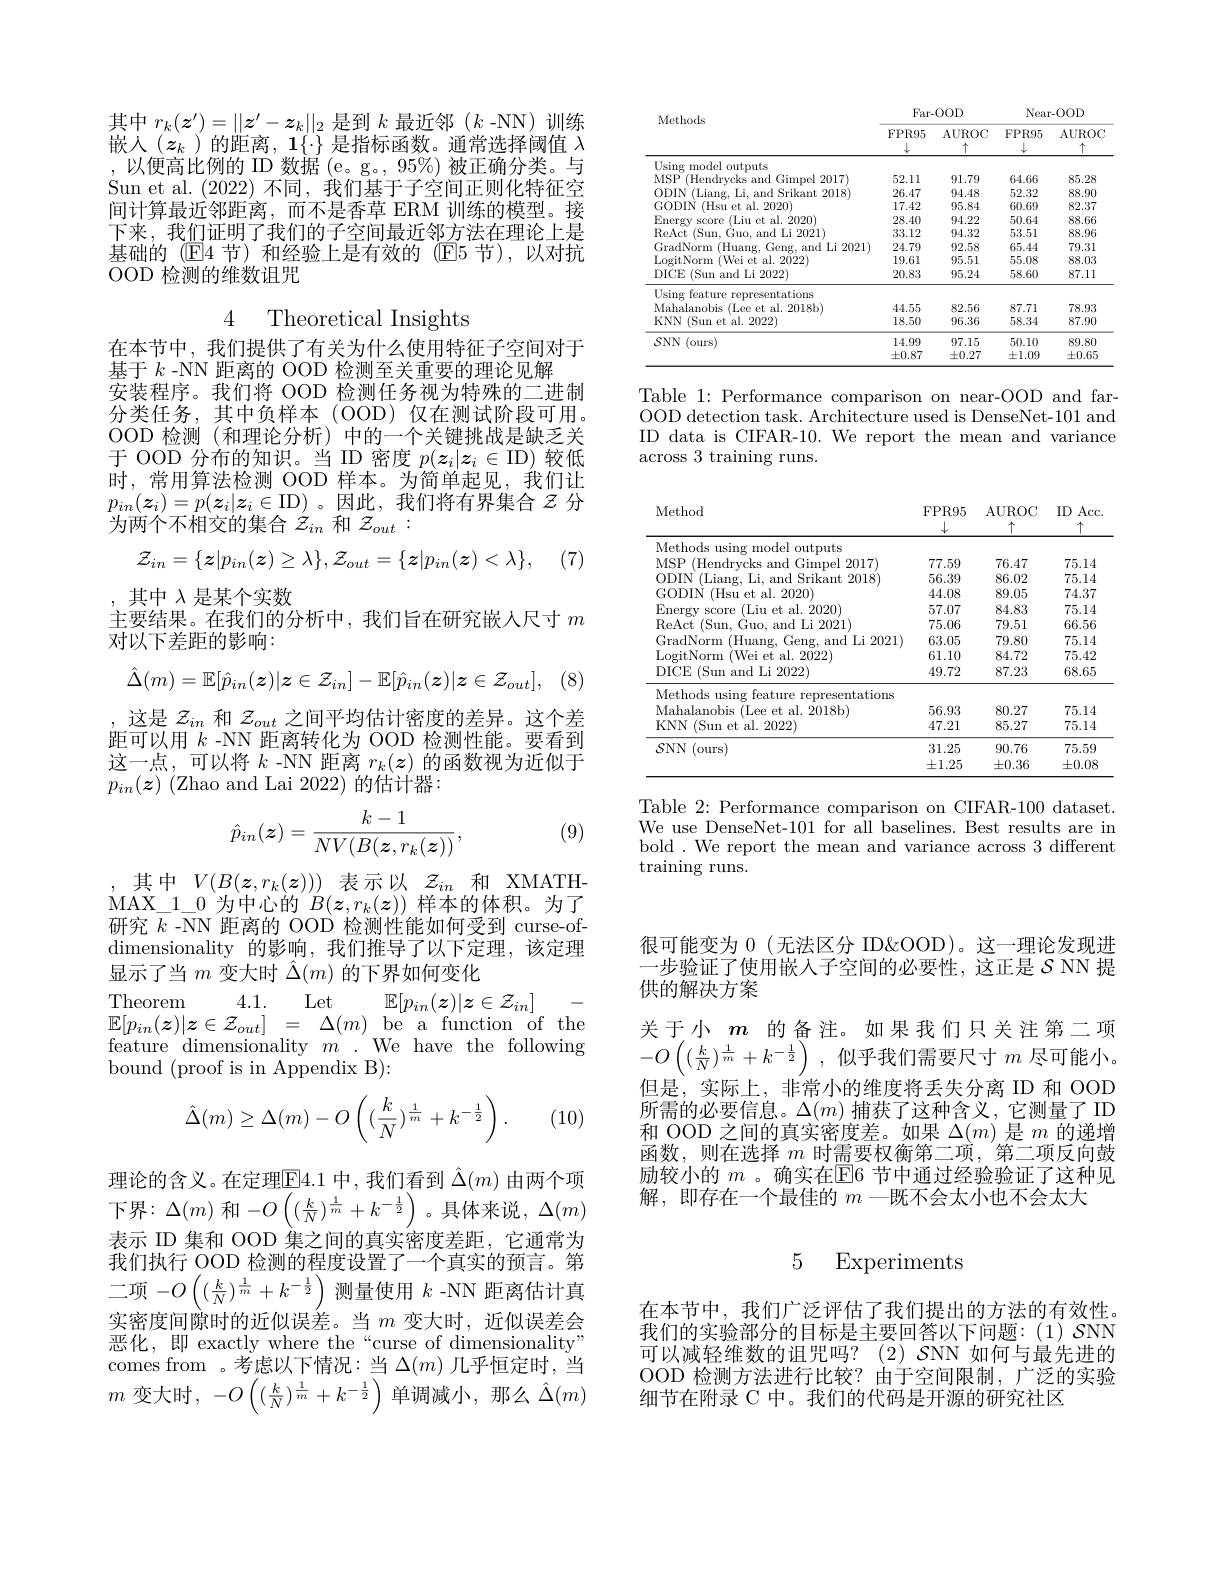
其中$r_k(\boldsymbol{z}^{\prime})=\|\boldsymbol{z}^{\prime}-\boldsymbol{z}_k\|_2$是到$k$最近邻($k$ -NN)训练嵌入($\boldsymbol{z}_k$ )的距离，1$\{\cdot\}$是指标函数。通常选择阈值$\lambda$ ,以便高比例的 ID 数据(e。g。,95%)被正确分类。与Sun et al. (2022)不同，我们基于子空间正则化特征空间计算最近邻距离，而不是香草 ERM 训练的模型。接下来，我们证明了我们的子空间最近邻方法在理论上是基础的(E4 节)和经验上是有效的(E5 节),以对抗OOD 检测的维数诅咒

4 Theoretical Insights

在本节中，我们提供了有关为什么使用特征子空间对于
基于$k$ -NN 距离的 OOD 检测至关重要的理论见解
安装程序。我们将 OOD 检测任务视为特殊的二进制分类任务，其中负样本(OOD)仅在测试阶段可用。OOD 检测(和理论分析)中的一个关键挑战是缺乏关于 OOD 分布的知识。当 ID 密度$p(\boldsymbol{z}_i|\boldsymbol{z}_i\in$ID)较低时，常用算法检测 OOD 样本。为简单起见，我们让$p_{in}(\boldsymbol{z}_i)=p(\boldsymbol{z}_i|\boldsymbol{z}_i\in$ID)。因此，我们将有界集合$z$ 分为两个不相交的集合$\hat{z}_{in}$和$\mathcal{Z}_out:$

(7)
$$\mathcal{Z}_{in}=\{\boldsymbol{z}|p_{in}(\boldsymbol{z})\geq\lambda\},\mathcal{Z}_{out}=\{\boldsymbol{z}|p_{in}(\boldsymbol{z})<\lambda\},$$
,其中$\lambda$是某个实数
主要结果。在我们的分析中，我们旨在研究嵌人尺寸$m$
对以下差距的影响：

(8)
$$\hat{\Delta}(m)=\mathbb{E}[\hat{p}_{in}(z)|z\in\mathcal{Z}_{in}]-\mathbb{E}[\hat{p}_{in}(z)|z\in\mathcal{Z}_{out}],$$
这是$z_{in}$和$z_{out}$之间平均估计密度的差异。这个差距可以用$k$ -NN 距离转化为 OOD 检测性能。要看到这一点，可以将$k$ -NN 距离$r_k(\boldsymbol{z})$的函数视为近似于$p_{in}( \boldsymbol{z}) \allowbreak ( {\mathrm{mod}} $Lai 2022) 的 估 计 器 : )
$$\hat{p}_{in}(\boldsymbol{z})=\frac{k-1}{NV(B(\boldsymbol{z},r_{k}(\boldsymbol{z}))},$$
(9)

其中$V(B(\boldsymbol{z},r_k(\boldsymbol{z})))$表示以$\mathcal{Z}_in$和 XMATHMAX$\_$1$\_$0 为中心的 $B(z,r_k(\boldsymbol{z}))$ 样本的体积。为了研究$k$ -NN 距离的 OOD 检测性能如何受到 curse-of- $\dim$ensionality 的影响，我们推导了以下定理，该定理显示了当$m$变大时$\hat{\Delta}(m)$的下界如何变化

$\begin{array}{ll}{\mathrm{Theorem}}&{4.1.}&{\mathrm{Let}}&{\mathbb{E}[p_{in}(\boldsymbol{z})|\boldsymbol{z}\in\mathcal{Z}_{in}]}&{-}\\{\mathbb{E}[p_{in}(\boldsymbol{z})|\boldsymbol{z}\in\mathcal{Z}_{out}]}&{=}&{\Delta(m)}&{\mathrm{be}}&{\mathrm{function~of~the}}\\{\text{feature}}&{\mathrm{dimensionality}}&{m}&{.}&{\mathrm{We}}&{\mathrm{have~the~following}}\end{array}$
bound (proof is in Appendix B):
$$\hat{\Delta}(m)\ge\Delta(m)-O\left((\frac{k}{N})^{\frac{1}{m}}+k^{-\frac{1}{2}}\right).$$
(10)

理论的含义。在定理$\overline{\mathrm{E}}4.1$中，我们看到$\hat{\Delta}(m)$由两个项下界：$\Delta(m)$ 和$-O\left((\frac kN)^{\frac1m}+k^{-\frac12}\right)$。具体来说，$\Delta(m)$ 表示 ID 集和 OOD 集之间的真实密度差距，它通常为我们执行 OOD 检测的程度设置了一个真实的预言。第二项 $-O\left((\frac kN)^{\frac1m}+k^{-\frac12}\right)$测量使用$k$ -NN 距离估计真实密度间隙时的近似误差。当$m$ 变大时，近似误差会恶化，即 exactly where the“curse of dimensionality” comes from 。考虑以下情况：当$\Delta(m)$几乎恒定时，当$m$ 变大时，$-O\left((\frac kN)^{\frac1m}+k^{-\frac12}\right)$单调减小，那么$\hat\Delta(m)$

<table>
	<tbody>
		<tr>
			<th rowspan="2">Methods</th>
			<th colspan="2">Far- OOD</th>
			<th colspan="2">Near-OOD</th>
		</tr>
		<tr>
			<th>FPR95 $\downarrow$</th>
			<th>AUROC 十</th>
			<th>$FPR95$ $\downarrow$</th>
			<th>$AUROC$ 十</th>
		</tr>
		<tr>
			<td>Using model outputs</td>
			<td> </td>
			<td> </td>
			<td> </td>
			<td> </td>
		</tr>
		<tr>
			<td>10 N 2017</td>
			<td>52.11</td>
			<td>91.79</td>
			<td>64.66</td>
			<td>85.28</td>
		</tr>
		<tr>
			<td>1111 101 2018</td>
			<td>26.47</td>
			<td>94.48</td>
			<td>52.32</td>
			<td>88.90</td>
		</tr>
		<tr>
			<td>CODIN 20201 H</td>
			<td>17.42</td>
			<td>95.84</td>
			<td>60.69</td>
			<td>82.37</td>
		</tr>
		<tr>
			<td>Frner $n1$ 2020</td>
			<td>28.40</td>
			<td>94.22</td>
			<td>50.64</td>
			<td>88.66</td>
		</tr>
		<tr>
			<td>Sur $\Gamma_{1}$ 2021 RoMet 112</td>
			<td>33.12</td>
			<td>94.32</td>
			<td>53.51</td>
			<td>88.96</td>
		</tr>
		<tr>
			<td>21121</td>
			<td>24.79</td>
			<td>92.58</td>
			<td>65.44</td>
			<td>79.31</td>
		</tr>
		<tr>
			<td>2022</td>
			<td>19.61</td>
			<td>95.51</td>
			<td>55.08</td>
			<td>88.03</td>
		</tr>
		<tr>
			<td>DICE (Sun and Li 2022)</td>
			<td>20.83</td>
			<td>95.24</td>
			<td>58.60</td>
			<td>87.11</td>
		</tr>
		<tr>
			<td>Using feature representations</td>
			<td> </td>
			<td> </td>
			<td> </td>
			<td> </td>
		</tr>
		<tr>
			<td>M $Pf$ al 2018bi</td>
			<td>44.55</td>
			<td>82.56</td>
			<td>87.71</td>
			<td>78.93</td>
		</tr>
		<tr>
			<td>KNN (Sun et al. 2022)</td>
			<td>18.50</td>
			<td>96.36</td>
			<td>58.34</td>
			<td>87.90</td>
		</tr>
		<tr>
			<td>$S$NN (ours)</td>
			<td>14.99</td>
			<td>97.15</td>
			<td>50.10</td>
			<td>89.80</td>
		</tr>
		<tr>
			<td> </td>
			<td>$\pm0.87$</td>
			<td>士0.27</td>
			<td>$\pm1.09$</td>
			<td>$\pm0.65$</td>
		</tr>
	</tbody>
</table>

Table 1:Performance comparison on near-OOD and farOOD detection task. Architecture used is DenseNet-101 and ID data is CIFAR-10. We report the mean and variance across 3 training runs.

Method
<table>
	<tbody>
		<tr>
			<th> </th>
			<th>$\downarrow$</th>
			<th>$\uparrow$</th>
			<th>$\uparrow$</th>
		</tr>
		<tr>
			<td>rodel outputs Methods usin</td>
			<td> </td>
			<td> </td>
			<td> </td>
		</tr>
		<tr>
			<td>2017</td>
			<td>77.59</td>
			<td>76.47</td>
			<td>75.14</td>
		</tr>
		<tr>
			<td>9018</td>
			<td>56.39</td>
			<td>86.02</td>
			<td>75.14</td>
		</tr>
		<tr>
			<td>2020) 1118</td>
			<td>44.08</td>
			<td>89.05</td>
			<td>74.37</td>
		</tr>
		<tr>
			<td>2020</td>
			<td>57.07</td>
			<td>84.83</td>
			<td>75.14</td>
		</tr>
		<tr>
			<td>2021</td>
			<td>75.06</td>
			<td>79.51</td>
			<td>66.56</td>
		</tr>
		<tr>
			<td>20021</td>
			<td>63.05</td>
			<td>79.80</td>
			<td>75.14</td>
		</tr>
		<tr>
			<td>2022</td>
			<td>61.10</td>
			<td>84.72</td>
			<td>75.42</td>
		</tr>
		<tr>
			<td>DICE (Sun and Li 2022)</td>
			<td>49.72</td>
			<td>87.23</td>
			<td>68.65</td>
		</tr>
		<tr>
			<td>Methods using feature representations</td>
			<td> </td>
			<td> </td>
			<td> </td>
		</tr>
		<tr>
			<td>2018bi</td>
			<td>56.93</td>
			<td>80.27</td>
			<td>75.14</td>
		</tr>
		<tr>
			<td>KNN (Sun et al. 2022)</td>
			<td>47.21</td>
			<td>85.27</td>
			<td>75.14</td>
		</tr>
		<tr>
			<td>$S$NN (ours)</td>
			<td>31.25</td>
			<td>90.76</td>
			<td>75.59</td>
		</tr>
		<tr>
			<td> </td>
			<td>$\pm1.25$</td>
			<td>$\pm0.36$</td>
			<td>$\pm0.0\xi$</td>
		</tr>
	</tbody>
</table>

FPR95 AUROC ID Acc.

Table 2: Performance comparison on CIFAR-100 dataset. We use DenseNet-101 for all baselines. Best results are in bold. We report the mean and variance across 3 different $\operatorname{training}$ runs.

很可能变为 0 (无法区分 ID&OOD)。这一理论发现进一步验证了使用嵌入子空间的必要性，这正是$\mathcal{S}$ NN 提供的解决方案
关于小$m$的备注。如果我们只关注第二项$-O\left((\frac{k}{N})^{\frac{1}{m}}+k^{-\frac{1}{2}}\right)$,似乎我们需要尺寸$m$ 尽可能小。但是，实际上，非常小的维度将丢失分离 ID 和 OOD 所需的必要信息。$\Delta(m)$捕获了这种含义，它测量了ID 和 OOD 之间的真实密度差。如果$\Delta(m)$是$m$的递增函数，则在选择$m$时需要权衡第二项，第二项反向鼓励较小的 $m$ 。确实在E6 节中通过经验验证了这种见解，即存在一个最佳的$m$一既不会太小也不会太大

### 5 Experiments

在本节中，我们广泛评估了我们提出的方法的有效性。我们的实验部分的目标是主要回答以下问题：(1) $\mathcal{S}$NN 可以减轻维数的诅咒吗？(2) $\mathcal{S}$NN 如何与最先进的OOD 检测方法进行比较？由于空间限制，广泛的实验细节在附录 C 中。我们的代码是开源的研究社区